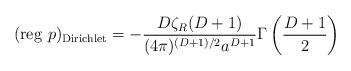
LaTeX: \begin{align*}({\rm reg}\,\,p)_{{\rm Dirichlet}}=-\frac{D\zeta _R(D+1)}{(4\pi)^{(D+1)/2}a^{D+1}}\Gamma \left( \frac{D+1}{2}\right)\end{align*}